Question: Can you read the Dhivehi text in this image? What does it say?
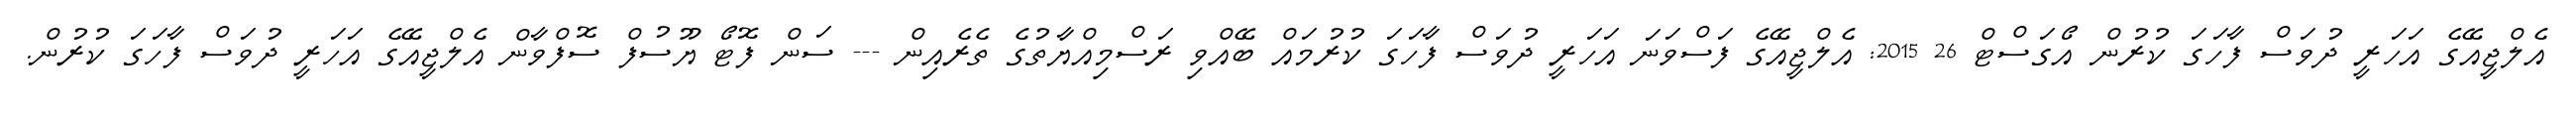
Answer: އެލްޖީއޭގެ އަހަރީ ދުވަސް ފާހަގަ ކުރުން އޯގަސްޓް 26 2015: އެލްޖީއޭގެ ފަސްވަނަ އަހަރީ ދުވަސް ފާހަގަ ކުރުމައް ބޭއްވި ރަސްމިއްޔާތުގެ ތެރެއިން --- ސަން ފޮޓޯ ޔޫސުފް ސޮފްވާން އެލްޖީއޭގެ އަހަރީ ދުވަސް ފާހަގަ ކުރުން.